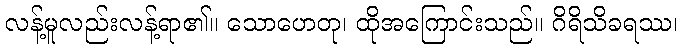
လန့်မူလည်းလန့်ရာ၏။ သောဟေတု၊ ထိုအကြောင်းသည်။ ဂိရိသိခရဿ၊